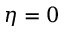
\eta = 0